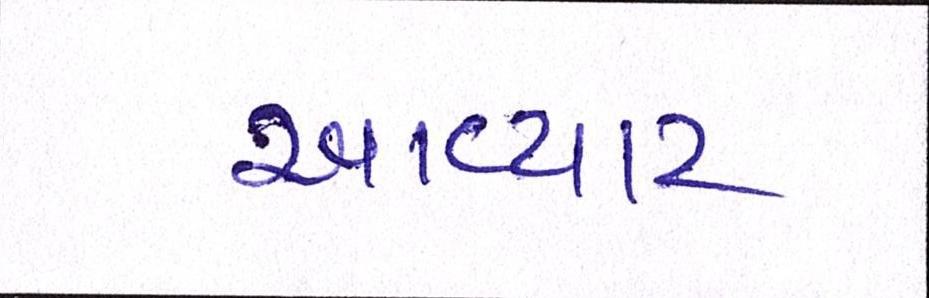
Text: આવ્યાટ